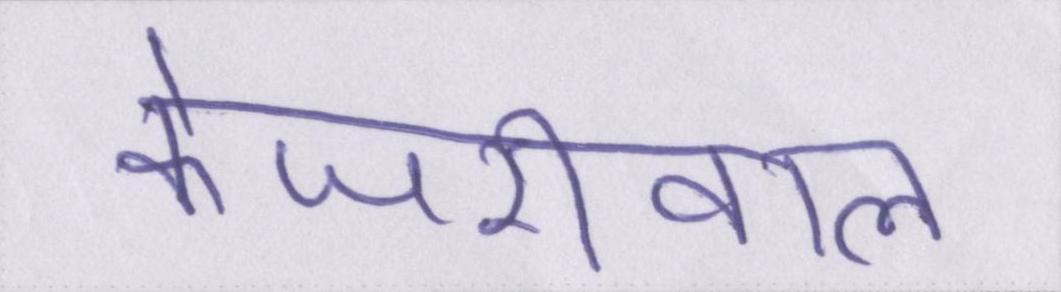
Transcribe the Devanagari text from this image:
केजरीवाल